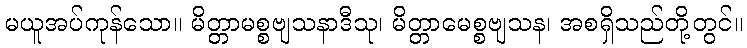
မယူအပ်ကုန်သော။ မိတ္တာမစ္စဗျသနာဒီသု၊ မိတ္တာမေစ္စဗျသန၊ အစရှိသည်တို့တွင်။